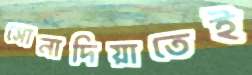
সোনাদিয়াতেই